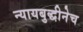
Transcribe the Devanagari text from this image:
न्यायबुद्धीनेच